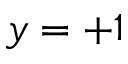
y = + 1